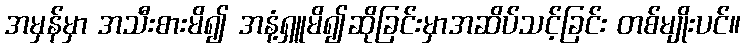
အမှန်မှာ အသီးစားမိ၍ အနံ့ရှူမိ၍ဆိုခြင်းမှာအဆိပ်သင့်ခြင်း တစ်မျိုးပင်။